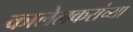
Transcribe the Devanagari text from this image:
कालेलकरांच्या